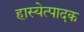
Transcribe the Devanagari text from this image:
हास्येत्पादक